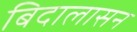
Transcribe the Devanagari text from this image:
बिदालासन